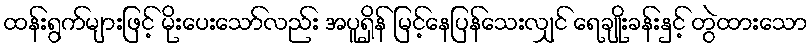
ထန်းရွက်များဖြင့် မိုးပေးသော်လည်း အပူရှိန် မြင့်နေပြန်သေးလျှင် ရေချိုးခန်းနှင့် တွဲထားသော